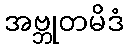
အဗ္ဘုတမိဒံ